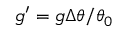
g ^ { \prime } = g \Delta \theta / \theta _ { 0 }